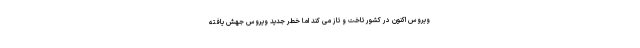
ویروس اکنون در کشور تاخت و تاز می کند اما خطر جدید ویروس جهش یافته